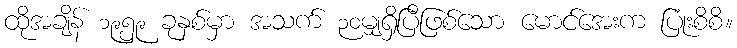
ထိုအချိန် ၁၉၅၉ ခုနှစ်မှာ အသက် ၃၀မျှရှိပြီဖြစ်သော မောင်အေးက ပြုံးစိစိ။